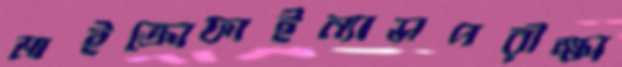
মাইক্রোফাইন্যান্সপরীক্ষা